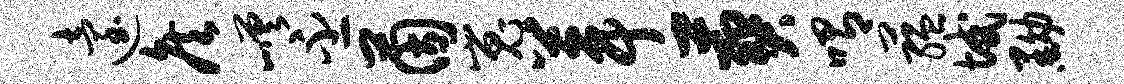
迨侯嵯丕茵嵬葺葬喟蕴域黝